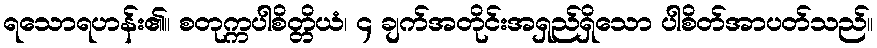
ရသောရဟန်း၏။ စတုက္ကပါစိတ္တိယံ၊ ၄ ချက်အတိုင်းအရှည်ရှိသော ပါစိတ်အာပတ်သည်။